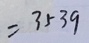
= 3 5 3 9